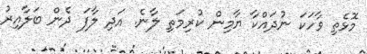
މޮޅެތި ވާހަކަ ނުދައްކާ ޔާމިން ކުރިމަތި ލާނެ. އަދި ލާފަ ދެން ބަލާއިރު